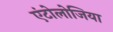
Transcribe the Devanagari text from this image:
एंटोलोजिया